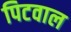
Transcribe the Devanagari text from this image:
पिटवाल